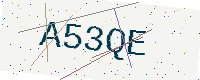
Text: A53QE